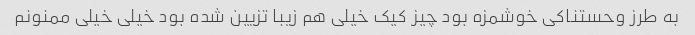
به طرز وحستناکی خوشمزه بود چیز کیک خیلی هم زیبا تزیین شده بود خیلی خیلی ممنونم